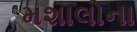
મશાલોના